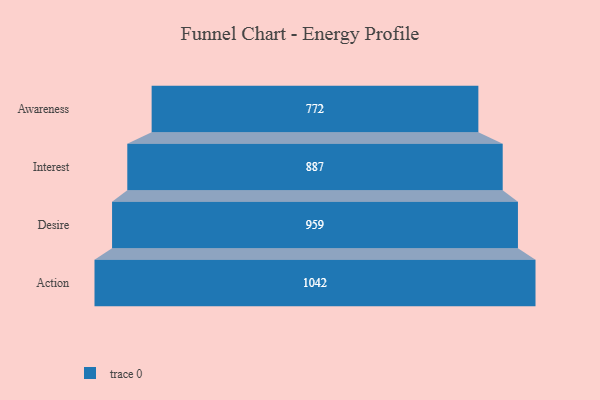
{"axis": {"x": "Stage", "y": "Value"}, "legend": [""], "data": [{"x": "Awareness", "y": 772.0, "type": ""}, {"x": "Interest", "y": 887.0, "type": ""}, {"x": "Desire", "y": 959.0, "type": ""}, {"x": "Action", "y": 1042.0, "type": ""}]}